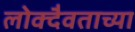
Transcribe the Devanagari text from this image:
लोक्दैवताच्या